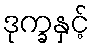
ဒုက္ခနှင့်